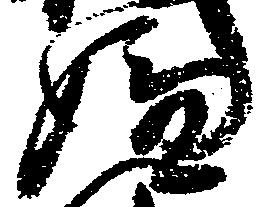
嫌